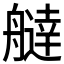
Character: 𦪭